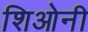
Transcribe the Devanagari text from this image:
शिओनी